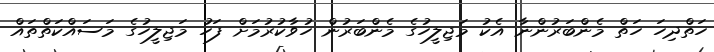
ހަތްދިހަ ހަތް މެންބަރުންނާ އެކު މަޖިލީހުގެ މެންބަރުން ހުވާކުރުމަށް ފަހު މަޖިލީހުގެ މަސައްކަތްތައް